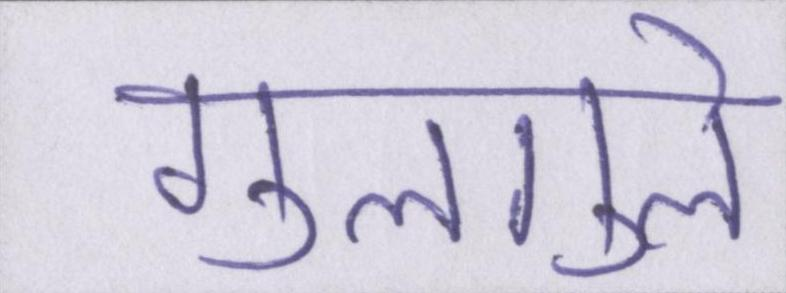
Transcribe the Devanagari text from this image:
गुलगुले